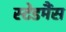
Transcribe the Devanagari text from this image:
स्टेडमैंस